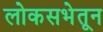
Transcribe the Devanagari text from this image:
लोकसभेतून